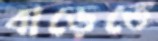
বাড়েতে